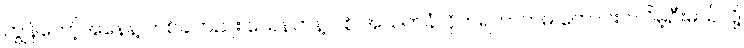
ကျွန်တော့်အနေနဲ့ တစ်ခါတည်း သေနတ်နဲ့ ပစ် အသတ်ခံလိုက်ရတာကမှ ကောင်းပါလိမ့်ဦးမယ်လို့